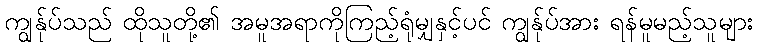
ကျွန်ုပ်သည် ထိုသူတို့၏ အမူအရာကိုကြည့်ရုံမျှနှင့်ပင် ကျွန်ုပ်အား ရန်မူမည့်သူများ